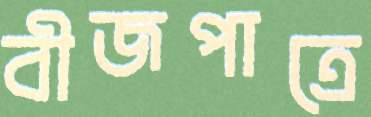
বীজপাত্রে